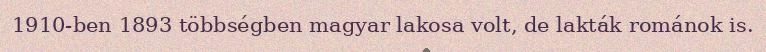
1910-ben 1893 többségben magyar lakosa volt, de lakták románok is.